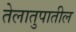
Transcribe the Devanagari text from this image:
तेलातुपातील